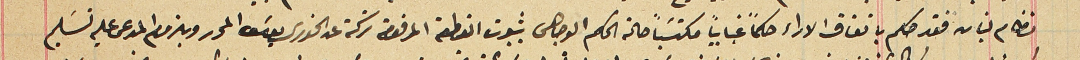
نظام لبنان فقد حكم باتفاق الاراء حكماً غيابياً مكتسَباً حالة الحكم الوجاهى بثبوت القطعة المرقومة تركة عن الخورى يوسَف المحرر وبلزوم المدعى عليه تسَليم